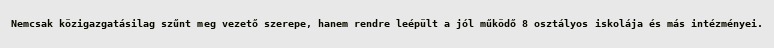
Nemcsak közigazgatásilag szűnt meg vezető szerepe, hanem rendre leépült a jól működő 8 osztályos iskolája és más intézményei.